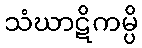
သံဃာဋိကမ္ပိ